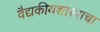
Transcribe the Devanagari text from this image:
वैद्यकीयशास्त्राचा